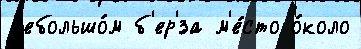
н'ебольшо́м б'ер'́за м'е́сто о́коло